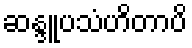
ဆန္ဒူပသံဟိတာပိ